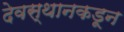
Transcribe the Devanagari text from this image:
देवस्थानकडून